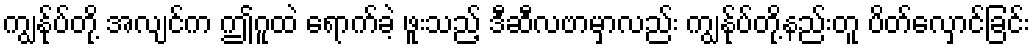
ကျွန်ုပ်တို့ အလျင်က ဤဂူထဲ ရောက်ခဲ့ ဖူးသည့် ဒီဆီလဗာမှာလည်း ကျွန်ုပ်တို့နည်းတူ ပိတ်လှောင်ခြင်း